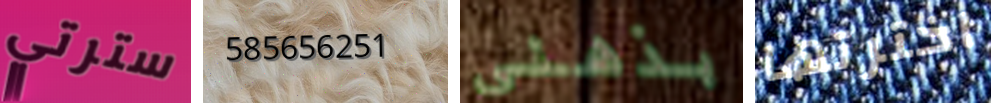
سترتي 585656251 بذهني اخترتها